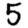
Digit: 5